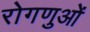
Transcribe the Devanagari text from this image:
रोगणुओं